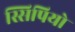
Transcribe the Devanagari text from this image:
स्सिपियो